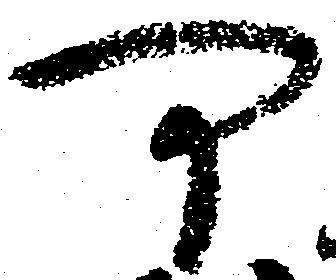
可